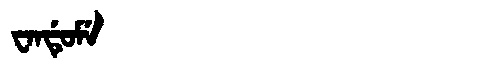
Manchu: ᠸᠠᠨᡩᡠᠮᡝ
Romanization: WANDUME